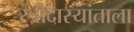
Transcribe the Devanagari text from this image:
स्त्रीदास्यांताला